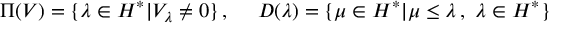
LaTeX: \Pi ( V ) = \{ \lambda \in { \cal H } ^ { * } | V _ { \lambda } \neq 0 \} \, , ~ ~ ~ ~ D ( \lambda ) = \{ \mu \in { \cal H } ^ { * } | \mu \leq \lambda \, , ~ \lambda \in { \cal H } ^ { * } \} \nonumber